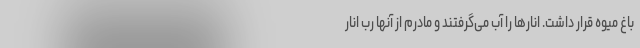
باغ میوه قرار داشت. انارها را آب می‌گرفتند و مادرم از آنها رُب انار